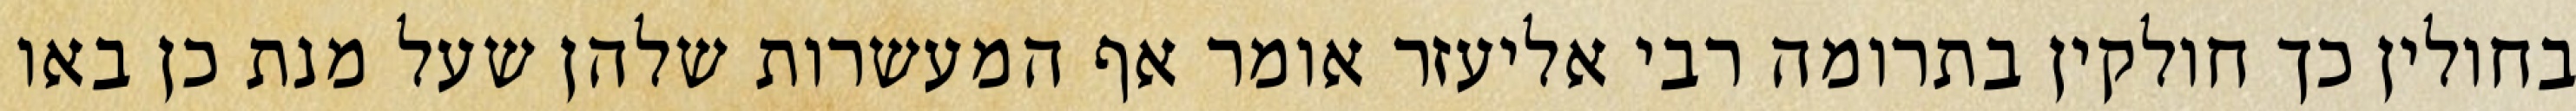
בחולין כך חולקין בתרומה רבי אליעזר אומר אף המעשרות שלהן שעל מנת כן באו